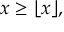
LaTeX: x \geq \lfloor x \rfloor ,